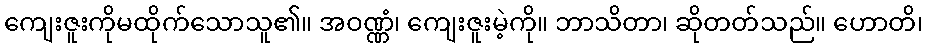
ကျေးဇူးကိုမထိုက်သောသူ၏။ အဝဏ္ဏံ၊ ကျေးဇူးမဲ့ကို။ ဘာသိတာ၊ ဆိုတတ်သည်။ ဟောတိ၊